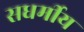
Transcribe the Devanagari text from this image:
सधर्मीय